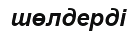
шөлдерді